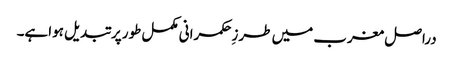
دراصل مغرب میں طرزِحکمرانی مکمل طورپر تبدیل ہواہے۔